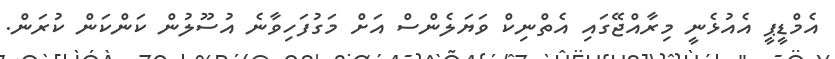
އެމްޑީޕީ އެއުޅެނީ މިރާއްޖޭގައި އެތްނިކް ވަޔަލެންސް އަށް މަގުފަހިވާނެ އުސޫލުން ކަންކަން ކުރަން.